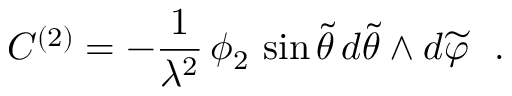
C ^ { ( 2 ) } = - \frac { 1 } { \lambda ^ { 2 } } \, \phi _ { 2 } \, \sin { \widetilde \theta } \, d { \widetilde \theta } \wedge d { \widetilde \varphi } ~ ~ .